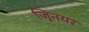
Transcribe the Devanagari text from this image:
जूिनयर